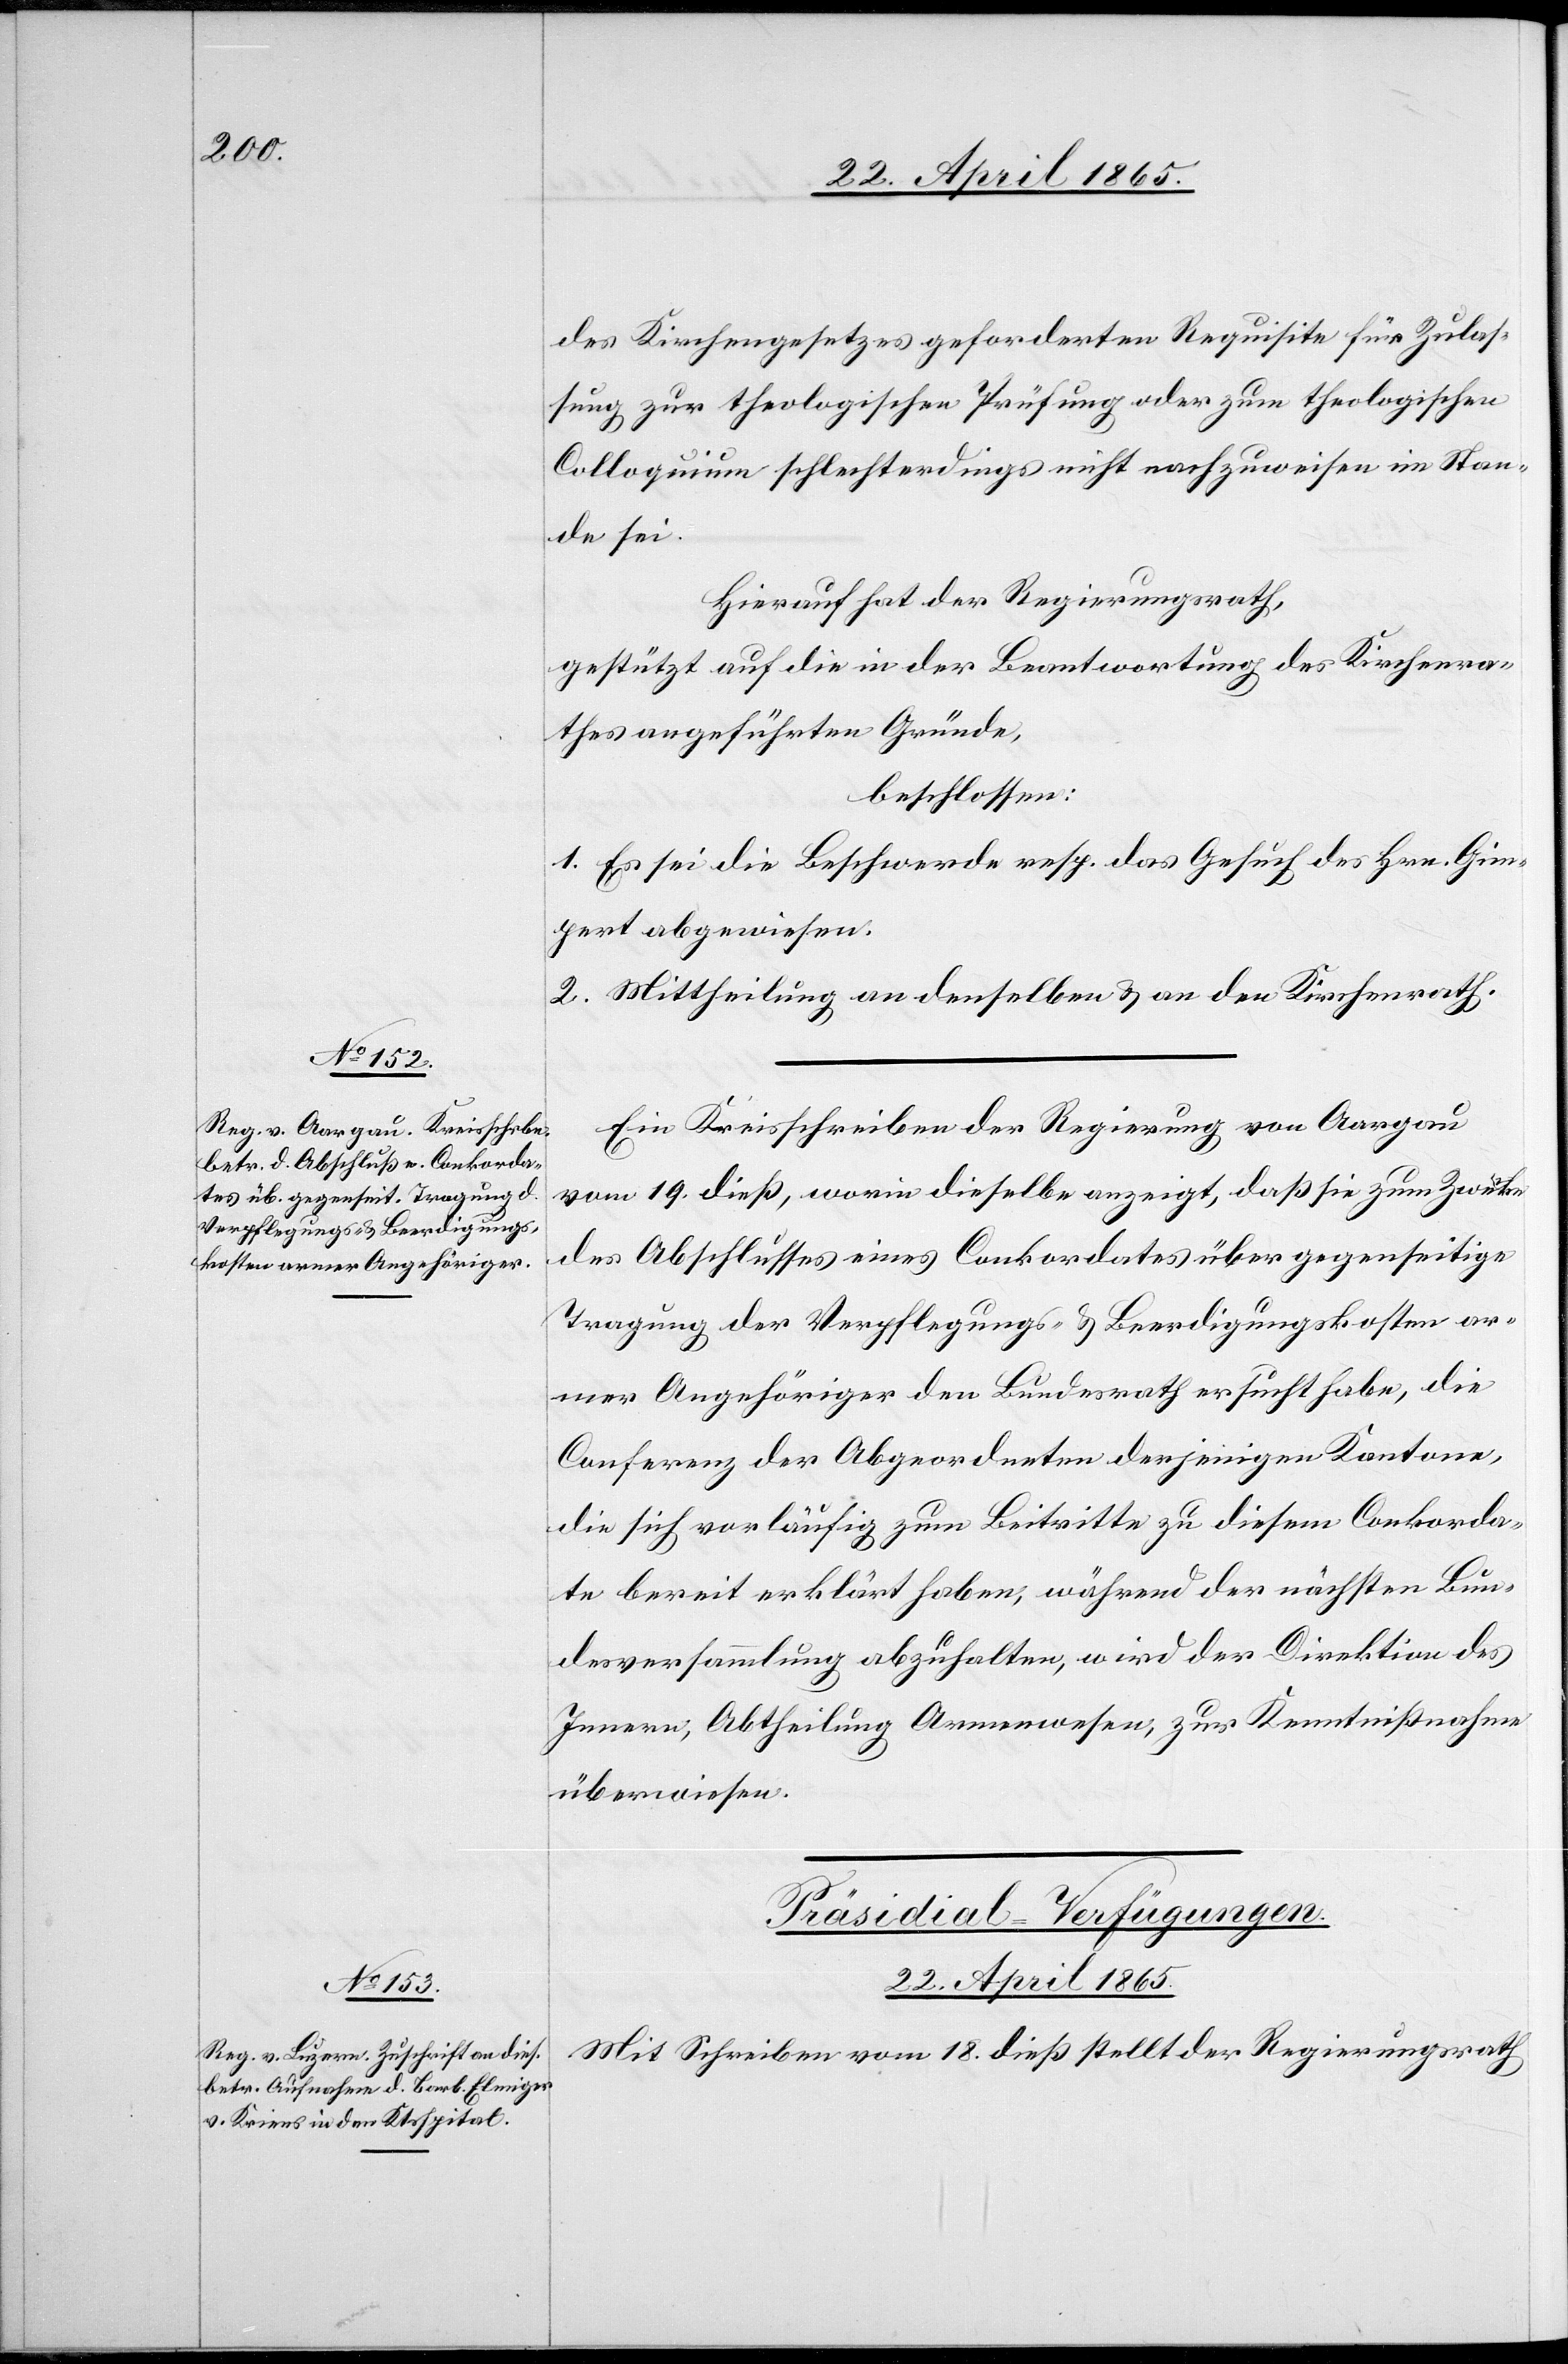
des Kirchengesetzes geforderten Requisite für Zulas¬
sung zur theologischen Prüfung oder zum theologischen
Colloquium schlechterdings nicht nachzuweisen im Stan¬
de sei.
Hierauf hat der Regierungsrath,
gestützt auf die in der Beantwortung des Kirchenra¬
thes angeführten Gründe,
beschlossen:
1. Es sei die Beschwerde resp. das Gesuch des Hrn. Gim¬
pert abgewiesen.
2. Mittheilung an denselben & an den Kirchenrath.
Ein Kreisschreiben der Regierung von Aargau
vom 19. dieß, worin dieselbe anzeigt, daß sie zum Zwecke
des Abschlusses eines Conkordates über gegenseitige
Tragung der Verpflegungs- & Beerdigungskosten ar¬
mer Angehöriger den Bundesrath ersucht habe, die
Conferenz der Abgeordneten derjenigen Kantone,
die sich vorläufig zum Beitritte zu diesem Conkorda¬
te bereit erklärt haben, während der nächsten Bun¬
desversammlung abzuhalten, wird der Direktion des
Innern, Abtheilung Armenwesen, zur Kenntnißnahme
überwiesen.
Präsidial-Verfügungen.
22. April 1865.
Mit Schreiben vom 18. dieß stellt der Regierungsrath